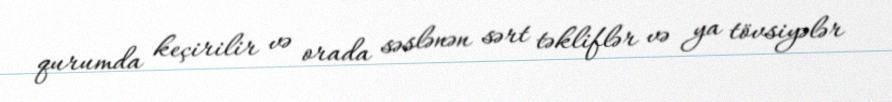
qurumda keçirilir və orada səslənən sərt təkliflər və ya tövsiyələr